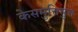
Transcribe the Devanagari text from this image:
केसमुत्तिसुत्त